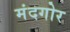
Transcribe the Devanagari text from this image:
मंदगोर